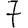
Digit: 7